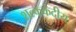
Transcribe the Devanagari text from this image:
शल्ककंदीय